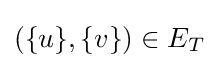
(\{u\},\{v\})\in E_{T}